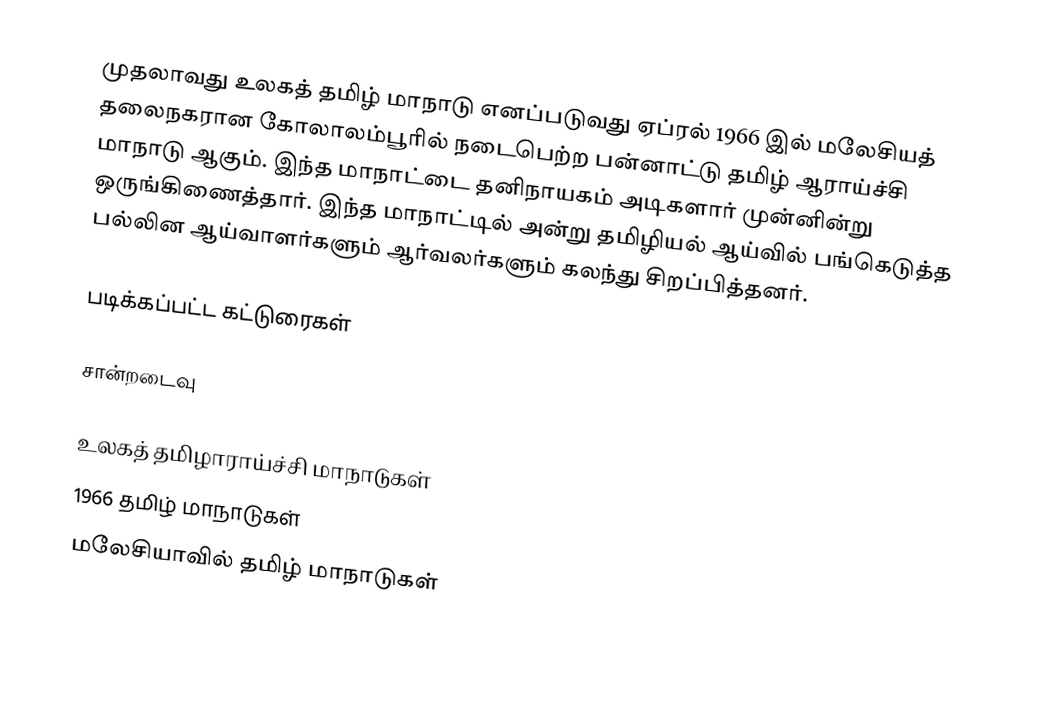
முதலாவது உலகத் தமிழ் மாநாடு எனப்படுவது ஏப்ரல் 1966 இல் மலேசியத் தலைநகரான கோலாலம்பூரில் நடைபெற்ற பன்னாட்டு தமிழ் ஆராய்ச்சி மாநாடு ஆகும். இந்த மாநாட்டை தனிநாயகம் அடிகளார் முன்னின்று ஒருங்கிணைத்தார். இந்த மாநாட்டில் அன்று தமிழியல் ஆய்வில் பங்கெடுத்த பல்லின ஆய்வாளர்களும் ஆர்வலர்களும் கலந்து சிறப்பித்தனர்.

படிக்கப்பட்ட கட்டுரைகள்

சான்றடைவு

உலகத் தமிழாராய்ச்சி மாநாடுகள்
1966 தமிழ் மாநாடுகள்
மலேசியாவில் தமிழ் மாநாடுகள்